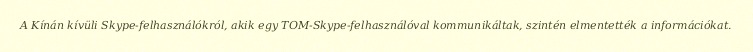
A Kínán kívüli Skype-felhasználókról, akik egy TOM-Skype-felhasználóval kommunikáltak, szintén elmentették a információkat.